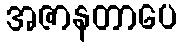
အဇာနတာပေ